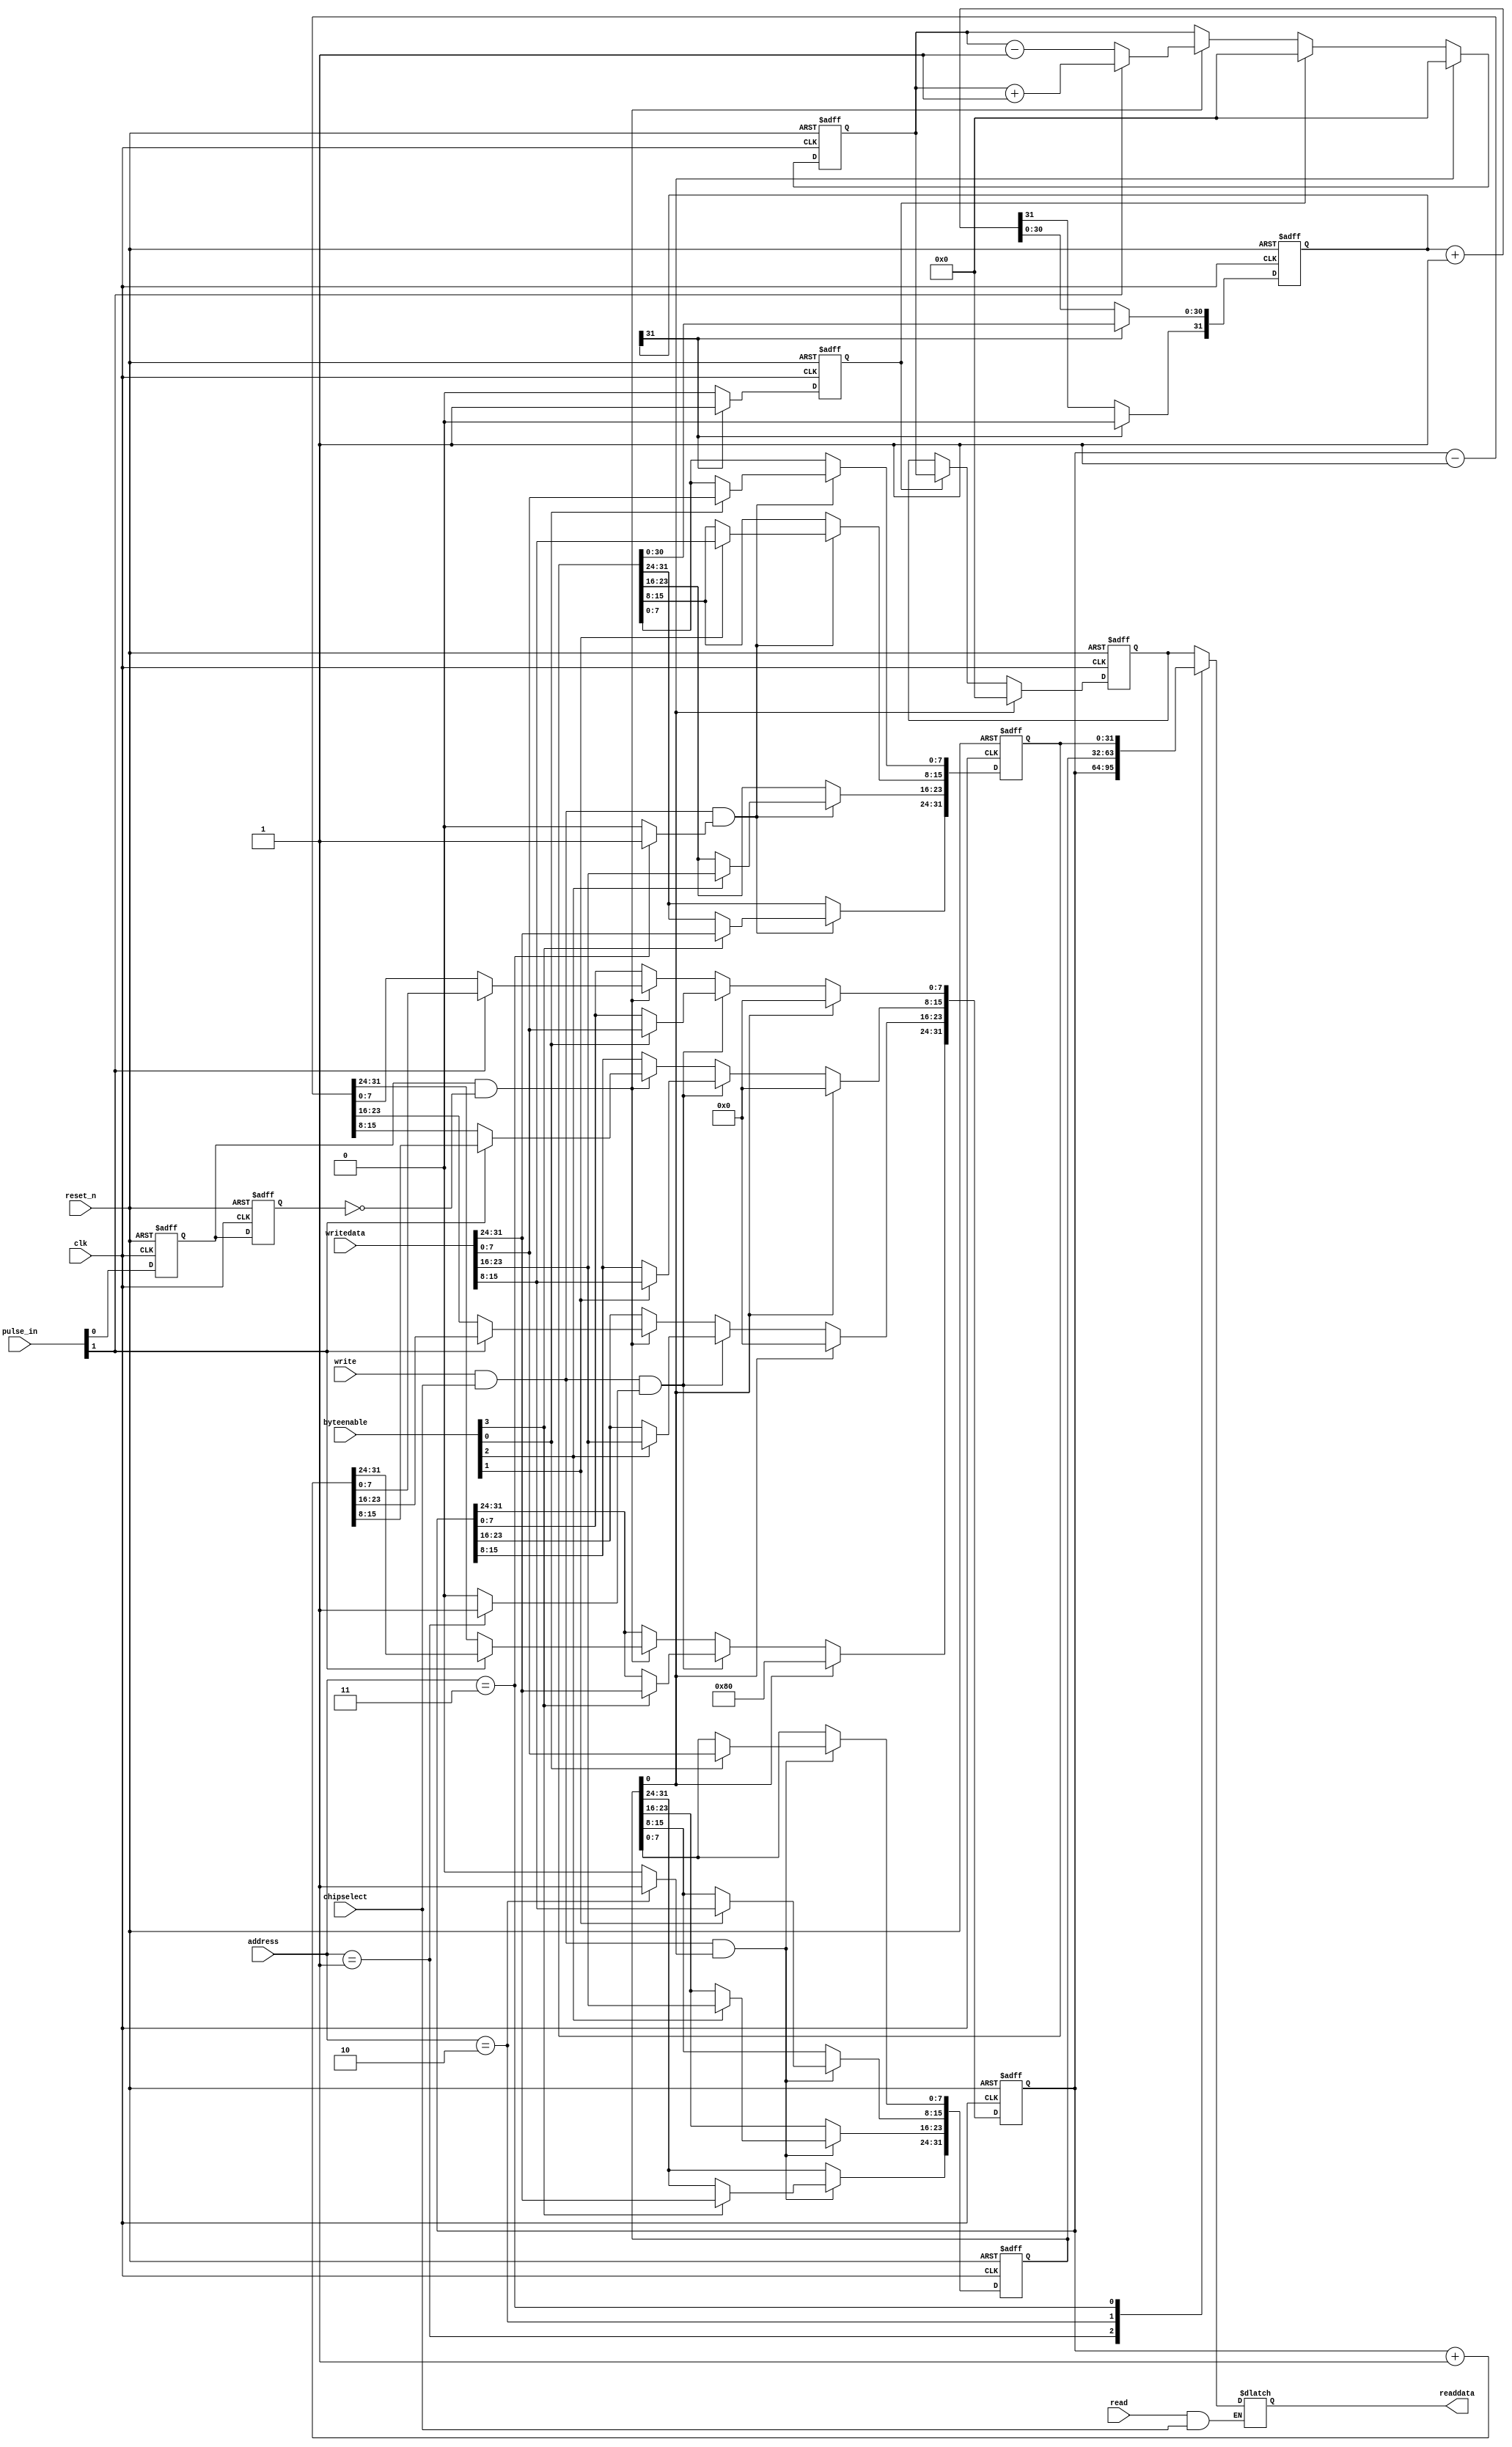
module pulse_senor_read(clk,reset_n,chipselect,address,write,writedata,read,byteenable,readdata,pulse_in);
// this module is used to read the lacation senor and angle senor in inverted pendulum application
// pulse_in[0] connected to A port  
//Gang Chen @ Fortiss Fb2 
input clk;
input reset_n;
input chipselect;
input [1:0]address; 
input write;  
input [31:0] writedata;  
input read;  
input [3:0] byteenable;  
output [31:0] readdata; 
input [1:0]pulse_in;  

reg [31:0] speed_count; 
reg [31:0] speed_count1;   
reg [31:0] current_count;   
reg [31:0] control_reg;  
reg [31:0] time_period;   

reg  speed_count_sel;   
reg  current_count_sel;   
reg  control_reg_sel;  
reg  time_period_sel;

reg [31:0] readdata;    

reg pio_state1;
reg pio_state2;
reg [31:0] time_period_count;

reg  clear_speed_count;
reg  write_count;
wire stop_bit;
//wire update_time;

assign stop_bit=control_reg[0];
//assign update_time=control_reg[1];
//function apart
always@(negedge clk or negedge reset_n)
	begin 
		if(!reset_n)
			begin
				pio_state1<=0;
				pio_state2<=0;
			end
		else
			begin
				pio_state1<=pulse_in[0];
				pio_state2<=pio_state1;
			end
	end

always@(posedge clk or negedge reset_n)
	begin 
		if(!reset_n)
			begin
				current_count<=32'h80000000;
			end
		else
			begin
				if(stop_bit)
					begin
						current_count<=32'h80000000;
					end
				else
					if(write & chipselect & current_count_sel)
						begin
							if(byteenable[0])  current_count[7:0]<=writedata[7:0]; 
							if(byteenable[1])  current_count[15:8]<=writedata[15:8];
							if(byteenable[2])  current_count[23:16]<=writedata[23:16];
							if(byteenable[3])  current_count[31:24]<=writedata[31:24];
						end
					else
						begin
						 if(pio_state1==1&&pio_state2==0)
							begin
								if(pulse_in[1])
								current_count<=current_count+1;
								else
								current_count<=current_count-1;
							end
						 end
			end
	end

always@(negedge clk or negedge reset_n)
	begin 
		if(!reset_n)
			begin
				time_period_count<=32'h0FF307B0;   //default period is 10 ms
				clear_speed_count<=0;
			end
		else
			begin
				   if(time_period_count[31])
						begin
						clear_speed_count<=1;
						time_period_count[30:0]<=time_period[30:0];
						time_period_count[31]<=0;
						end
					else
						begin
						clear_speed_count<=0;
						time_period_count<=time_period_count+1;
						end
			end
	end	
	

always@(posedge clk or negedge reset_n)
	begin 
		if(!reset_n)
			begin
				speed_count1<=32'h00000000;
				speed_count<=32'h00000000;
			end
		else
			begin
				if(stop_bit)
					begin
						speed_count1<=32'h00000000;
						speed_count<=32'h00000000;
					end
				else
					if(clear_speed_count)
						begin
							speed_count1<=32'h00000000;
							speed_count<=speed_count1;
						end
					else
						begin
						 if(pio_state1==1&&pio_state2==0)
							begin
								if(pulse_in[1])
									speed_count1<=speed_count1+1;
								else
									speed_count1<=speed_count1-1;
							end
						 end
			end
	end
	
//bus interface
always @ (address)  
begin  
    speed_count_sel<=0;  
    current_count_sel<=0;  
    control_reg_sel<=0;
	 time_period_sel<=0;
    case(address)  
        2'b00:speed_count_sel<=1;  
        2'b01:current_count_sel<=1;  
        2'b10:control_reg_sel<=1;  
		  2'b11:time_period_sel<=1;	
     endcase  
end 

//wirte control register 
always @ (posedge clk or negedge reset_n)  
begin  
	if(!reset_n)   
		control_reg<=0;  
	else 
		begin  
			if(write & chipselect & control_reg_sel)  
				begin  
				if(byteenable[0])  control_reg[7:0]<=writedata[7:0]; 
				if(byteenable[1])  control_reg[15:8]<=writedata[15:8];
				if(byteenable[2])  control_reg[23:16]<=writedata[23:16];
				if(byteenable[3])  control_reg[31:24]<=writedata[31:24];
				//control_reg<=writedata;
				end  
		end  
end

//wirte state register 
always @ (posedge clk or negedge reset_n)  
begin  
	if(!reset_n)   
		time_period<=32'h0FF307B0;  //default period is 10 ms
	else 
		begin  
			if(write & chipselect & time_period_sel)  
				begin  
				if(byteenable[0])  time_period[7:0]<=writedata[7:0];
				if(byteenable[1])  time_period[15:8]<=writedata[15:8];
				if(byteenable[2])  time_period[23:16]<=writedata[23:16];
				if(byteenable[3])  time_period[31:24]<=writedata[31:24];
				//time_period<=writedata;
				end  
		end  
end

//read register 
always @ (address or read or speed_count or current_count or control_reg or time_period or chipselect)  
begin  
    if(read & chipselect)  
         case(address)  
             2'b00:
				begin
				readdata<=speed_count;
				end				
             2'b01:
				begin
				readdata<=current_count;
				end				
             2'b10:
				begin
				readdata<=control_reg;
				end				
             2'b11:
				begin
				readdata<=time_period;
				end
         endcase   
end
endmodule